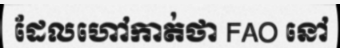
ដែលហៅកាត់ថា FAO នៅ